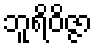
ဘူရိဝိဇ္ဇာ